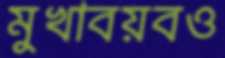
মুখাবয়বও